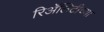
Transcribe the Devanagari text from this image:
रिॲलिटीच्या